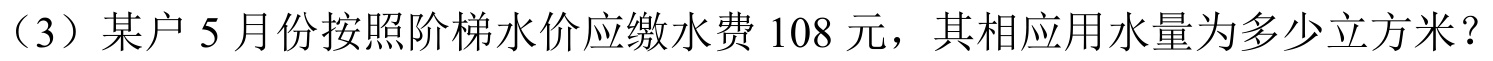
（3）某户 5 月份按照阶梯水价应缴水费 108 元，其相应用水量为多少立方米？